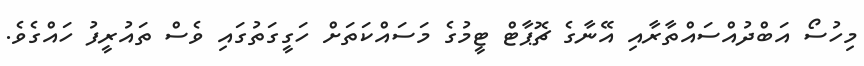
މިހުސޯ އަބްދުއްސައްތާރާއި އޭނާގެ ޗޮޕާޓް ޓީމުގެ މަސައްކަތަށް ހަގީގަތުގައި ވެސް ތައުރީފު ހައްގެވެ.